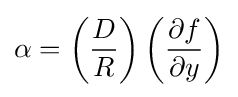
\alpha =\left({\frac {D}{R}}\right)\left({\frac {\partial f}{\partial y}}\right)